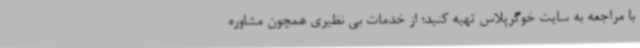
با مراجعه به سایت خوگرپلاس تهیه کنید؛ از خدمات بی نظیری همچون مشاوره